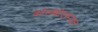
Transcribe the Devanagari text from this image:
कोलंबोदरम्यान